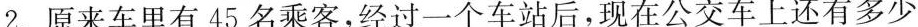
2.原来车里有45名乘客，经过一个车站后，现在公交车上还有多少